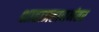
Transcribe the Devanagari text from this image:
शाहाजहाननंतर